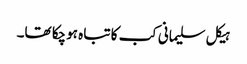
ہیکل سلیمانی کب کا تباہ ہوچکا تھا۔